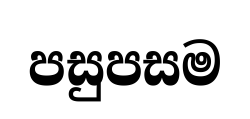
පසුපසම